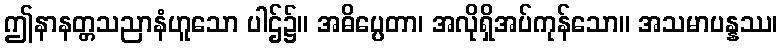
ဤနာနတ္တသညာနံဟူသော ပါဌ်၌။ အဓိပ္ပေတာ၊ အလိုရှိအပ်ကုန်သော။ အသမာပန္နဿ၊